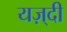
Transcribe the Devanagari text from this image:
यज़्दी